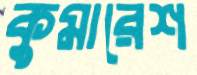
কুমারেশ